Annual report of the Imperial Bacteriological Laboratory, Muktesar
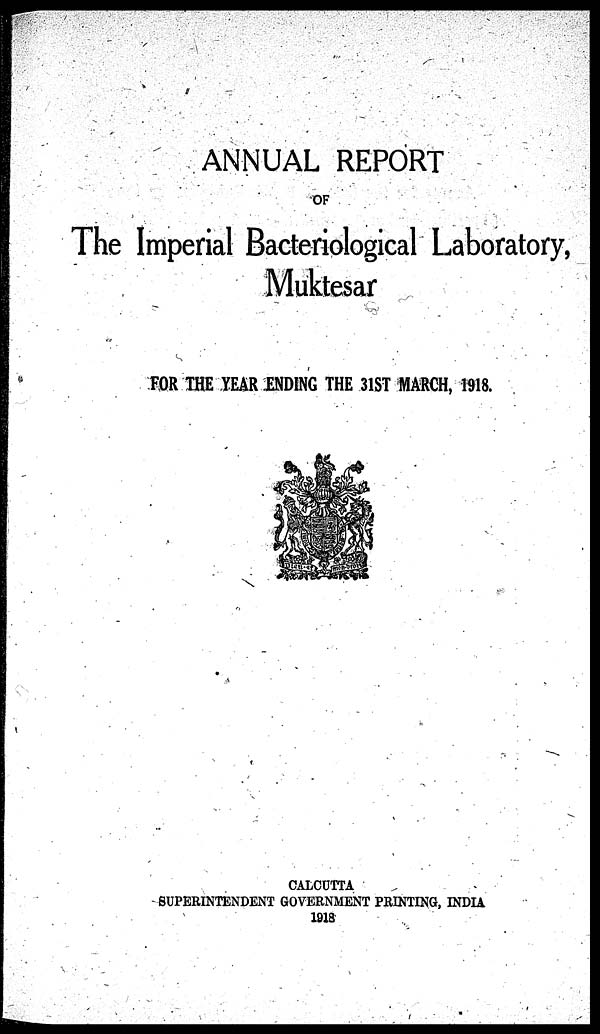
ANNUAL REPORT
OF
The Imperial Bacteriological Laboratory,
Muktesar
FOR THE YEAR ENDING THE 31ST MARCH, 1918.
CALCUTTA
SUPERINTENDENT GOVERNMENT PRINTING, INDIA
1918